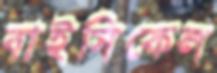
বাইসিকেল